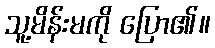
သူ့မိန်းမကို ပြော၏။